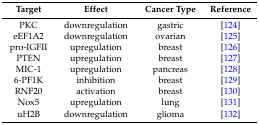
| Target | Effect | Cancer Type | Reference |
 | --- | --- | --- | --- |
 | PKC | downregulation | gastric | [124] |
 | eEF1A2 | downregulation | ovarian | [125] |
 | pro-IGFII | upregulation | breast | [126] |
 | PTEN | upregulation | breast | [127] |
 | MIC-1 | upregulation | pancreas | [128] |
 | 6-PF1K | inhibition | breast | [129] |
 | RNF20 | activation | breast | [130] |
 | Nox5 | upregulation | lung | [131] |
 | uH2B | downregulation | glioma | [132] |